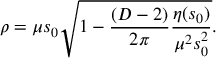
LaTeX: \rho = \mu s _ { 0 } \sqrt { 1 - \frac { ( D - 2 ) } { 2 \pi } \frac { \eta ( s _ { 0 } ) } { \mu ^ { 2 } s _ { 0 } ^ { 2 } } } .